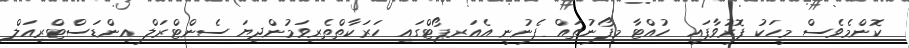
ކޮންމެވެސް މީހަކު ފޮރުވާފައި ހުއްޓާ މިފޯނުތައް ފެނުނީ އެއަރޕޯޓްގައި ހަރަކާތްތެރިވަމުންދިޔަ ސެންޓްރަލް އިންޑަސްޓްރިއަލް